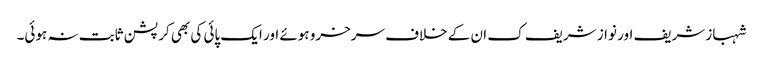
شہباز شریف اور نواز شریف ک ان کے خلاف سرخرو ہوئے اور ایک پائی کی بھی کرپشن ثابت نہ ہوئی۔